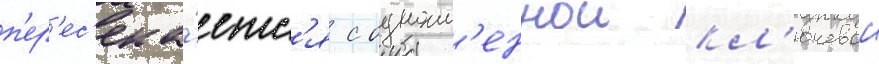
п'ер'ес'ека́етс'я с одноим'еннои кл'ючевои